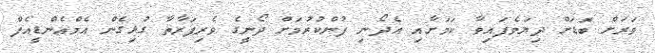
ވަރަށް ބޮޑަށް ދިޔަވެފައިވާ ކަމަށާއި އެދޯނި ފުންކުރުމަށް ދޯނީގެ ވެރިފަރާތާ ގުޅިގެން އެމްއެންޑީއެފް